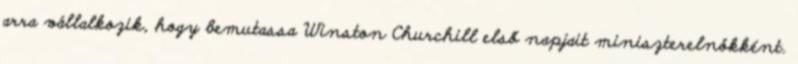
arra vállalkozik, hogy bemutassa Winston Churchill első napjait miniszterelnökként.